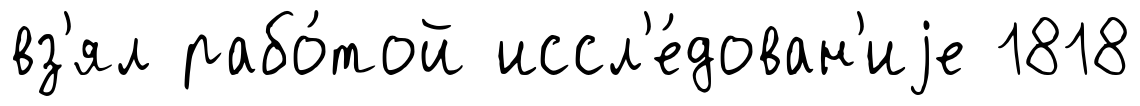
вз'ял рабо́той иссл'е́дован'иjе 1818